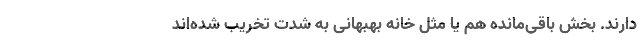
دارند. بخش باقی‌مانده هم یا مثل خانه بهبهانی به شدت تخریب شده‌اند